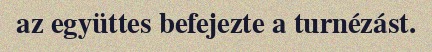
az együttes befejezte a turnézást.